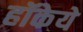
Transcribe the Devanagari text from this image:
हॉकेये